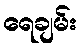
ရေချမ်း